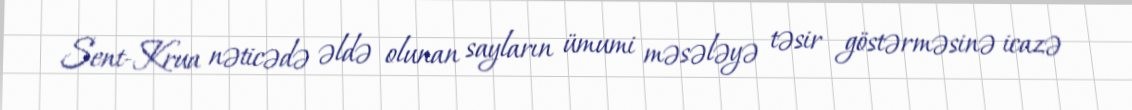
Sent-Krua nəticədə əldə olunan sayların ümumi məsələyə təsir göstərməsinə icazə